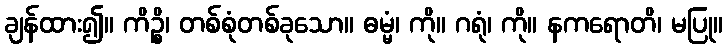
ချန်ထား၍။ ကိဉ္စိ၊ တစ်စုံတစ်ခုသော။ ဓမ္မံ၊ ကို။ ဂရုံ၊ ကို။ နကရောတိ၊ မပြု။